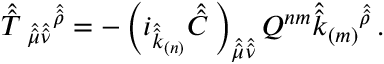
\hat { \hat { T } \, } _ { \hat { \hat { \mu } } \hat { \hat { \nu } } } { } ^ { \hat { \hat { \rho } } } = - \left( i _ { \hat { \hat { k } } _ { ( n ) } } \hat { \hat { C } \, } \right) _ { \hat { \hat { \mu } } \hat { \hat { \nu } } } Q ^ { n m } \hat { \hat { k } } _ { ( m ) } { } ^ { \hat { \hat { \rho } } } \, .